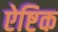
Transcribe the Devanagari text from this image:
ऐष्टिक